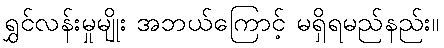
ရွှင်လန်းမှုမျိုး အဘယ်ကြောင့် မရှိရမည်နည်း။